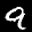
Label: 9